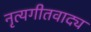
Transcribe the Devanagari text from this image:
नृत्यगीतवाद्य